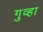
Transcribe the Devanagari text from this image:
गुव्हा